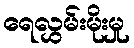
ရေလွှမ်းမိုးမှု